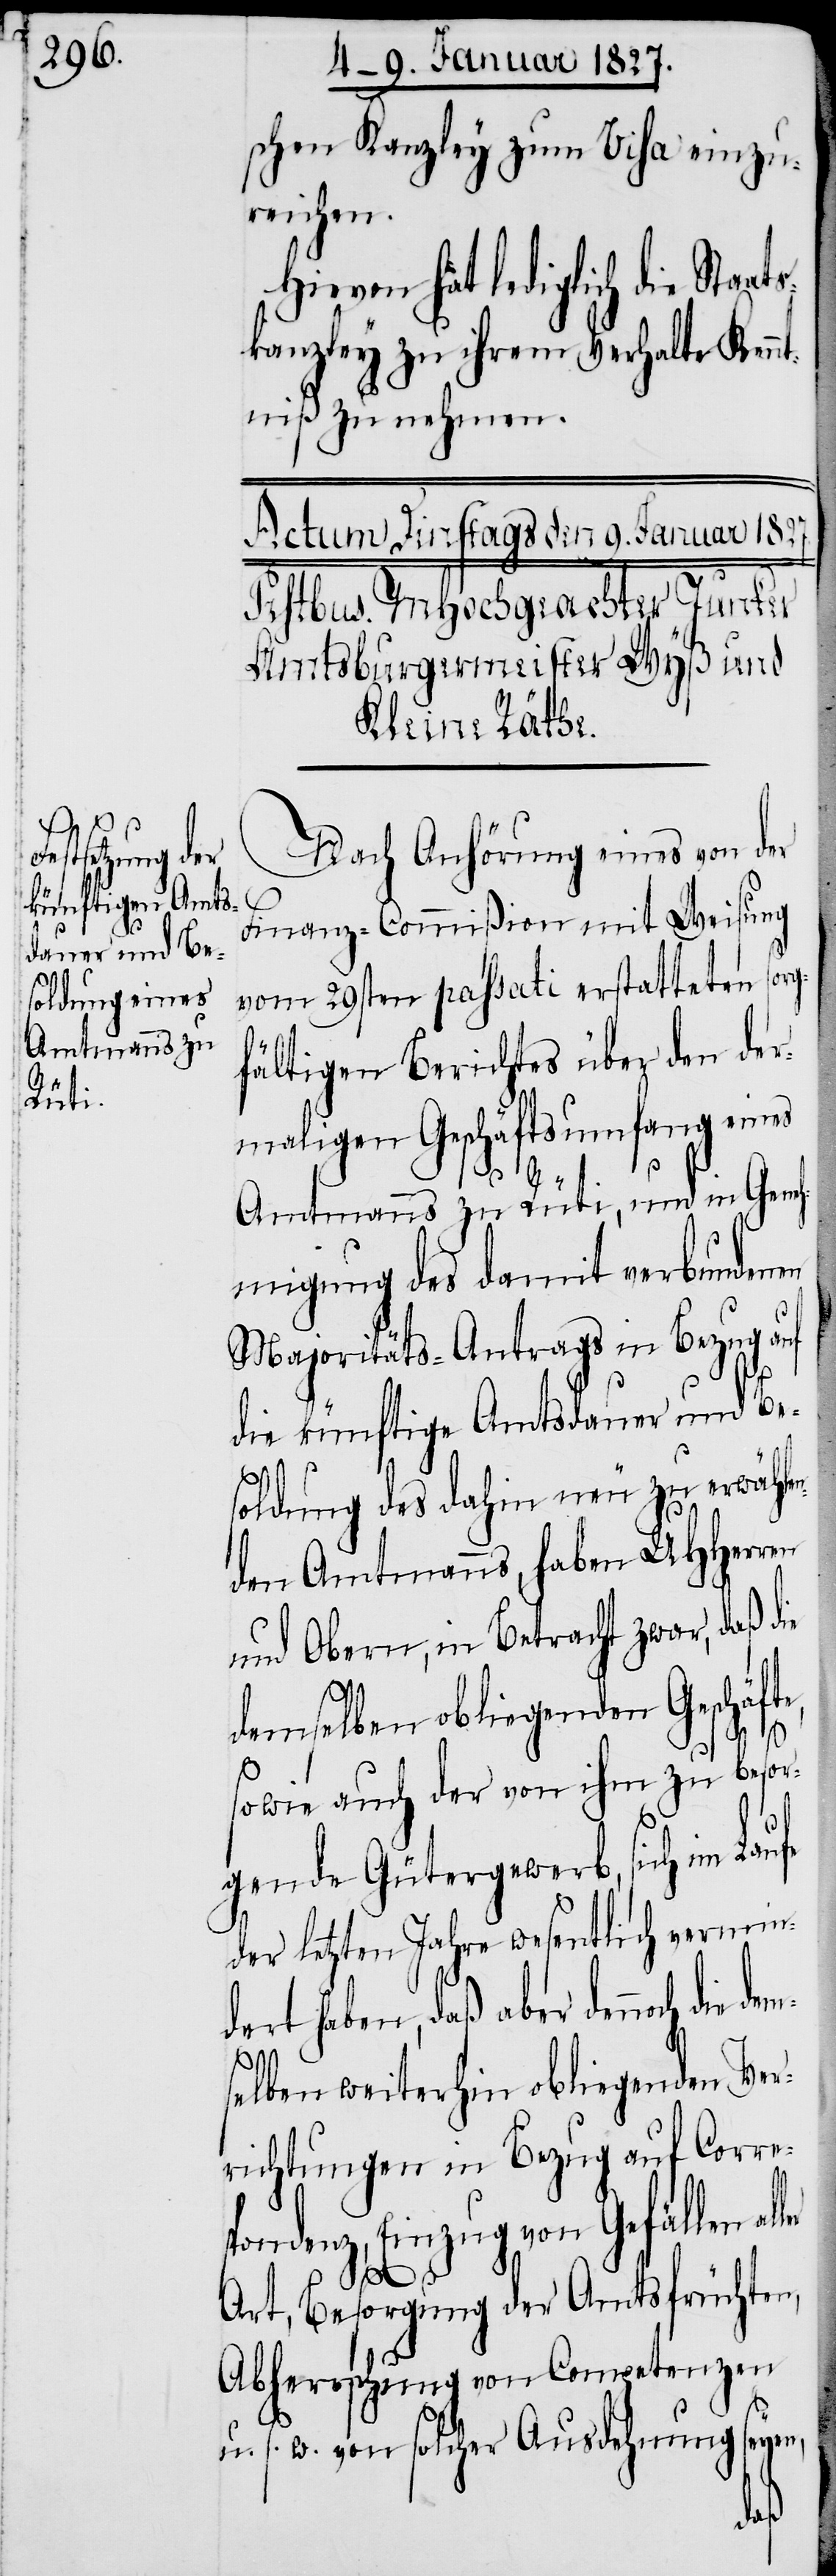
schen Kanzley zum Visa einzu¬
reichen.
Hiervon hat lediglich die St¬
kanzley zu ihrem Verhalten Ken¬
ntniß zu nehmen.
Nach Anhörung eines von der
Finanz-Commißion mit Weisung
vom 29sten passati erstatteten sorg¬
fältigen Berichtes über den der¬
maligen Geschäftsumfang eines
Amtmanns zu Rüti, und in Geneh¬
migung des damit verbundenen
Majoritäts-Antrags in Bezug auf
die künftige Amtsdauer und Be¬
soldung des dahin neu zu erwähle¬
nden Amtmanns, haben UHHerren
und Obern, in Betracht zwar, daß die
demselben obliegenden Geschäft¬
sowie auch der von ihm zu besor¬
gende Gütergewerb, sich im Lau¬
fe
der letzten Jahre wesentlich vermin¬
dert haben, daß aber dennoch die
selben weiterhin obliegenden Ver¬
richtungen in Bezug auf Corre¬
spondenz, Einzug von Gefällen al¬
ler
e,
Art, Besorgung der Amtsfrüchten,
Abherrschung von Competenzen
u. s. w. von solcher Ausdehnung seyen,